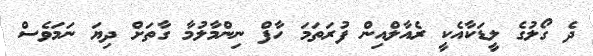
ދެ ގޯލުގެ ލީޑަކާއެކީ ރެއާލްއިން ފުރަތަމަ ހާފް ނިންމާލުމާ ގާތަށް ދިޔަ ނަމަވެސް